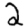
Digit: 2